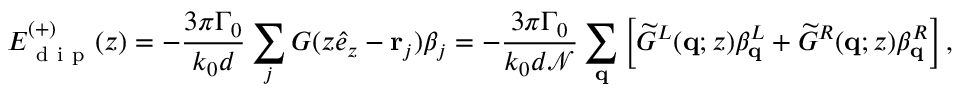
E _ { \mathrm { ~ d ~ i ~ p ~ } } ^ { ( + ) } ( z ) = - \frac { 3 \pi \Gamma _ { 0 } } { k _ { 0 } d } \sum _ { j } G ( z \hat { e } _ { z } - \mathbf { r } _ { j } ) \beta _ { j } = - \frac { 3 \pi \Gamma _ { 0 } } { k _ { 0 } d \mathcal { N } } \sum _ { \mathbf { q } } \left[ \widetilde { G } ^ { L } ( \mathbf q ; z ) \beta _ { \mathbf q } ^ { L } + \widetilde { G } ^ { R } ( \mathbf q ; z ) \beta _ { \mathbf q } ^ { R } \right] ,